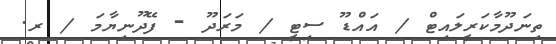
ތިނަދޫމާކަރީލައިޓް / އައްޑޫ ސިޓީ / މަރަދޫ - ފޭދޫނިޔާމަ / ރ.